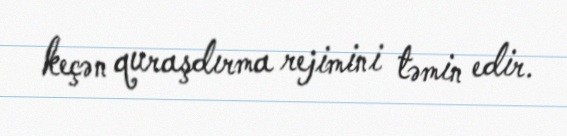
keçən quraşdırma rejimini təmin edir.